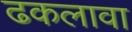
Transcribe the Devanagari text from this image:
ढकलावा